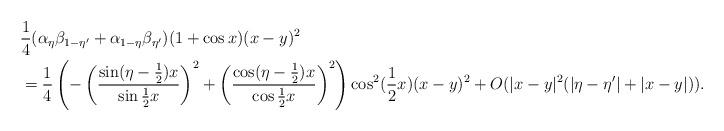
LaTeX: \begin{align*}&\frac{1}{4} (\alpha_\eta \beta_{1-\eta'} +\alpha_{1-\eta} \beta_{\eta'})(1+\cos x) (x-y)^2 \\&= \frac{1}{4} \left( -\left(\frac{\sin (\eta - \frac{1}{2} )x}{\sin \frac{1}{2} x}\right)^2 + \left( \frac{\cos (\eta - \frac{1}{2}) x}{\cos \frac{1}{2} x}\right)^2 \right) \cos^2(\frac{1}{2} x) (x-y)^2 + O(|x-y|^2(|\eta - \eta'|+ |x-y|) ).\end{align*}